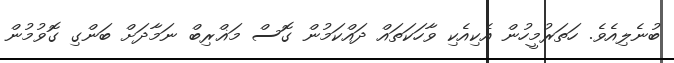
ބުނެލިއެވެ. ހަތަރުމީހުން އެކިއެކި ވާހަކަތައް ދައްކަމުން ގޮސް މަޣްރިބް ނަމާދަށް ބަންގި ގޮވުމުން